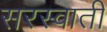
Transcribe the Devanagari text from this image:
सरस्वाती